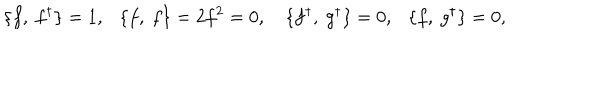
\{ f , \ f ^ { \dagger } \} = 1 , \ \ \ \{ f , \ f \} = 2 f ^ { 2 } = 0 , \{ f ^ { \dagger } , \ g ^ { \dagger } \} = 0 , \ \ \ \{ f , \ g ^ { \dagger } \} = 0 ,